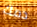
دمك